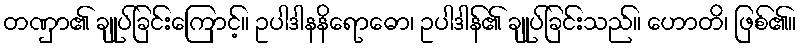
တဏှာ၏ ချုပ်ခြင်းကြောင့်။ ဥပါဒါနနိရောဓော၊ ဥပါဒါန်၏ ချုပ်ခြင်းသည်။ ဟောတိ၊ ဖြစ်၏။